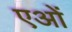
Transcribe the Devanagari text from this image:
एओं